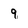
Character: 9